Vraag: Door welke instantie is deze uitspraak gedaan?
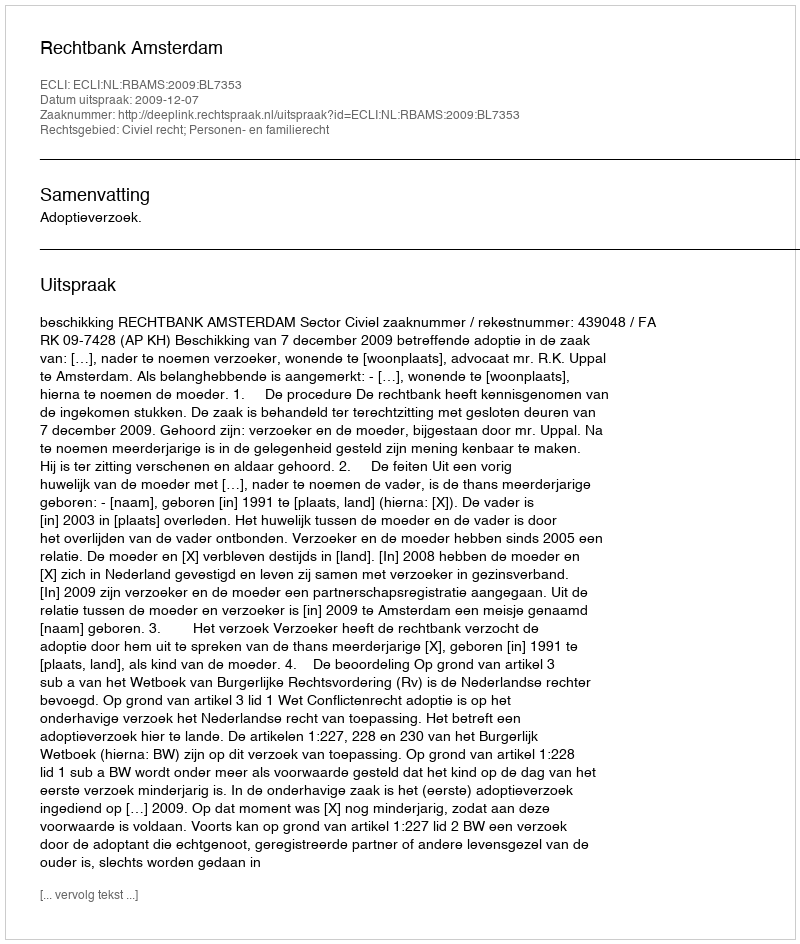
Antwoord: Rechtbank Amsterdam